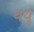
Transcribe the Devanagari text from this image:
थयुं